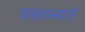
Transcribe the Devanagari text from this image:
पसरल्याने